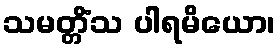
သမတ္တိံသ ပါရမိယော၊